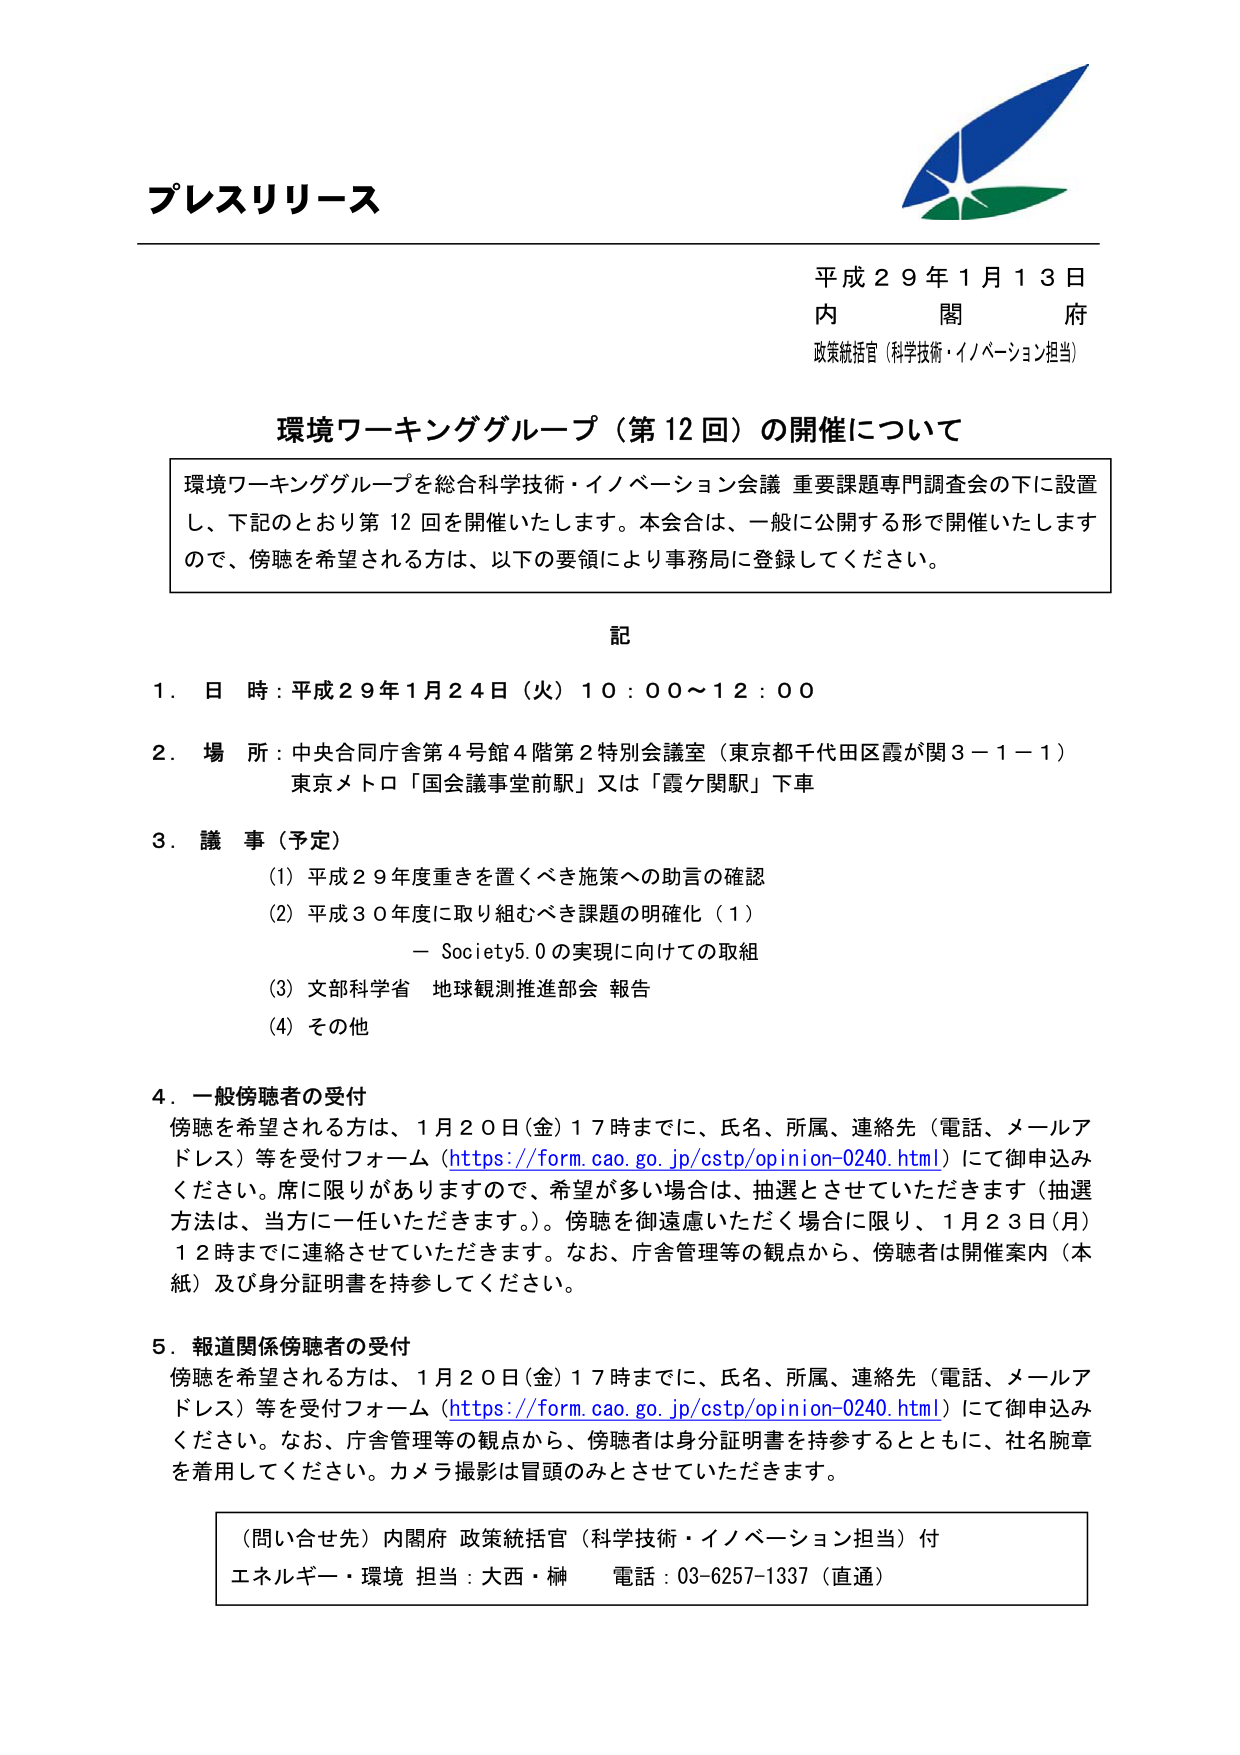
プレスリリース

平成２９年１月１３日
内　　閣　　府
政策統括官（科学技術・イノベーション担当）

環境ワーキンググループ（第12回）の開催について

環境ワーキンググループを総合科学技術・イノベーション会議 重要課題専門調査会の下に設置し、下記のとおり第12回を開催いたします。本会合は、一般に公開する形で開催いたしますので、傍聴を希望される方は、以下の要領により事務局に登録してください。

記

１．日時：平成29年1月24日（火）10：00～12：00

２．場所：中央合同庁舎第4号館4階第2特別会議室（東京都千代田区霞が関3－1－1）
　　　　東京メトロ「国会議事堂前駅」又は「霞ヶ関駅」下車

３．議事（予定）
　(1) 平成29年度重きを置くべき施策への助言の確認
　(2) 平成30年度に取り組むべき課題の明確化（1）
　　　－ Society5.0の実現に向けての取組
　(3) 文部科学省 地球観測推進部会 報告
　(4) その他

４．一般傍聴者の受付
　傍聴を希望される方は、1月20日（金）17時までに、氏名、所属、連絡先（電話、メールアドレス）等を受付フォーム（https://form.cao.go.jp/cstp/opinion-0240.html）にて御申込みください。席に限りがありますので、希望が多い場合は、抽選とさせていただきます（抽選方法は、当方に一任いただきます。）。傍聴を御遠慮いただく場合に限り、1月23日（月）12時までに連絡させていただきます。なお、庁舎管理等の観点から、傍聴者は開催案内（本紙）及び身分証明書を持参してください。

５．報道関係傍聴者の受付
　傍聴を希望される方は、1月20日（金）17時までに、氏名、所属、連絡先（電話、メールアドレス）等を受付フォーム（https://form.cao.go.jp/cstp/opinion-0240.html）にて御申込みください。なお、庁舎管理等の観点から、傍聴者は身分証明書を持参するとともに、社名腕章を着用してください。カメラ撮影は冒頭のみとさせていただきます。

（問い合わせ先）内閣府 政策統括官（科学技術・イノベーション担当）付
エネルギー・環境 担当：大西・榊　電話：03-6257-1337（直通）